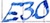
Text: E3.0